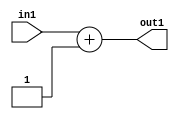
`timescale 1ps / 1ps
/*****************************************************************************
    Verilog RTL Description
    
    
    Created by: Stratus DpOpt 21.05.01 
*******************************************************************************/

module dut_Add_3U_27_4 (
	in1,
	out1
	); /* architecture "behavioural" */ 
input [2:0] in1;
output [2:0] out1;
wire [2:0] asc001;

assign asc001 = 
	+(in1)
	+(3'B001);

assign out1 = asc001;
endmodule

/* CADENCE  urf2TgE= : u9/ySxbfrwZIxEzHVQQV8Q== ** DO NOT EDIT THIS LINE ******/